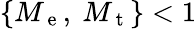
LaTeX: \{ M_{\mathrm{~e~}},~M_{\mathrm{~t~}}\} <1